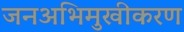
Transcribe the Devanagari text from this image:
जनअभिमुखीकरण